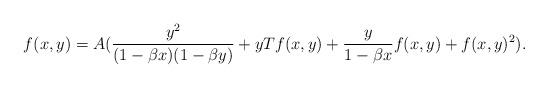
\begin{align*} f(x,y) = A ( \frac{y^2}{(1-\beta x)(1-\beta y)} + y T f(x,y) + \frac{y}{1-\beta x} f(x,y) + f(x,y)^2).\end{align*}